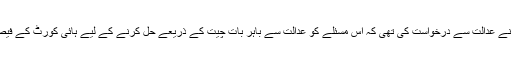
ایودھیا کے ایک اہم ہندو ادارے ’نرموہی اکھاڑہ‘ نے عدالت سے درخواست کی تھی کہ اس مسئلے کو عدالت سے باہر بات چیت کے ذریعے حل کرنے کے لیے ہائی کورٹ کے فیصلے کو تین مہینے کے لیے مؤخر کر دیا جائے۔